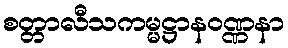
စတ္တာလီသကမ္မဋ္ဌာနဝဏ္ဏနာ